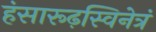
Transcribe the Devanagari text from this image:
हंसारूढ़स्विनेत्रं